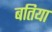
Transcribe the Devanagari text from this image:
बतिया